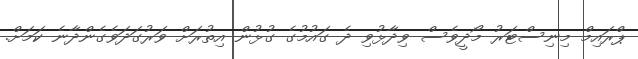
ޕްރައިމް މިނިސްޓަރު މޯދީވެސް ވިދާޅުވި ދެ ގައުމުގެ ގުޅުން އިތުރަށް ވަރުގަދަވެގެންދާނެ ކަމަށް.